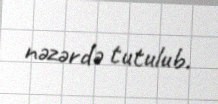
nəzərdə tutulub.